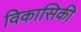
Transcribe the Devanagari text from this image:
विकासिकी